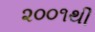
૨૦૦૧થી